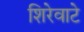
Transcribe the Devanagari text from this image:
शिरेवाटे